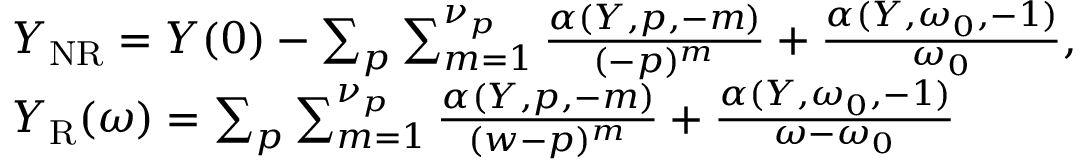
\begin{array} { r } { \begin{array} { r l } & { Y _ { \mathrm { N R } } = Y ( 0 ) - \sum _ { p } \sum _ { m = 1 } ^ { \nu _ { p } } \frac { \alpha ( Y , p , - m ) } { ( - p ) ^ { m } } + \frac { \alpha ( Y , \omega _ { 0 } , - 1 ) } { \omega _ { 0 } } , } \\ & { Y _ { \mathrm { R } } ( \omega ) = \sum _ { p } \sum _ { m = 1 } ^ { \nu _ { p } } \frac { \alpha ( Y , p , - m ) } { ( w - p ) ^ { m } } + \frac { \alpha ( Y , \omega _ { 0 } , - 1 ) } { \omega - \omega _ { 0 } } } \end{array} } \end{array}